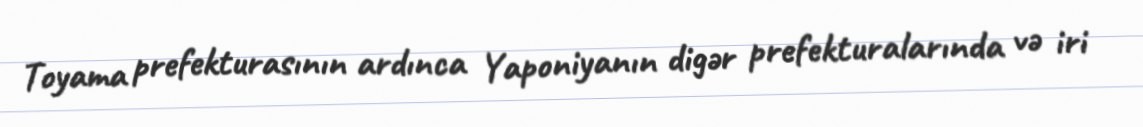
Toyama prefekturasının ardınca Yaponiyanın digər prefekturalarında və iri